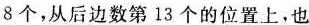
8个，从后边数第13个的位置上，也